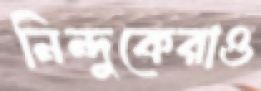
নিন্দুকেরাও